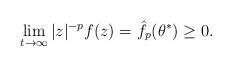
LaTeX: \begin{align*}\lim_{t\to\infty} |z|^{-p} f(z)=\hat f_p(\theta^*)\ge 0.\end{align*}